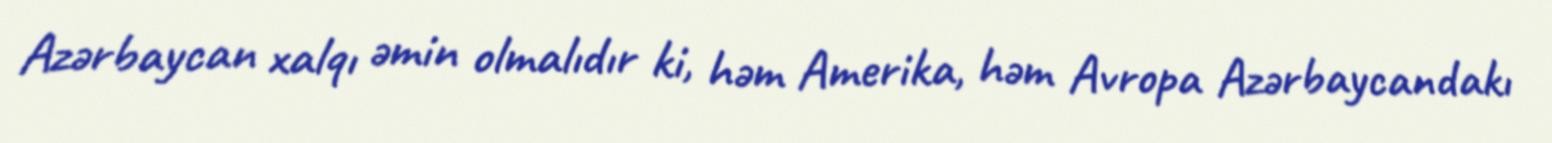
Azərbaycan xalqı əmin olmalıdır ki, həm Amerika, həm Avropa Azərbaycandakı